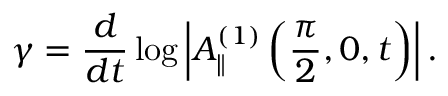
\gamma = \frac { d } { d t } \log \left| A _ { \parallel } ^ { ( 1 ) } \left( \frac { \pi } { 2 } , 0 , t \right) \right| .